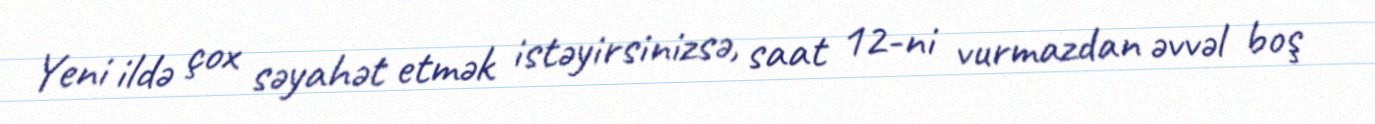
Yeni ildə çox səyahət etmək istəyirsinizsə, saat 12-ni vurmazdan əvvəl boş